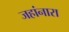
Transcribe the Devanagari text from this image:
जहांनारा